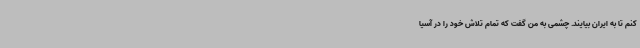
کنم تا به ایران بیایند. چشمی به من گفت که تمام تلاش خود را در آسیا